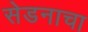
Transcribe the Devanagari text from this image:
सेडनाचा